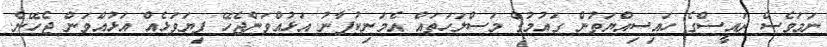
ނަމަވެސް ރައީސްގެ ހައިސިއްޔަތުން ގައުމުގެ މަސްލަހަތައް އެމަނިކުފާނު އަޅުއްވަންޖެހޭ ފިޔަވަޅެއް އަޅުއްވަން ޖެހޭނެ.